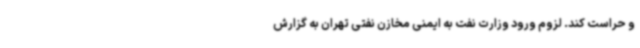
و حراست کند. لزوم ورود وزارت نفت به ایمنی مخازن نفتی تهران به گزارش